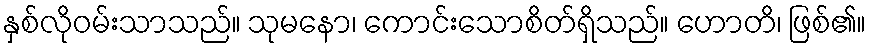
နှစ်လိုဝမ်းသာသည်။ သုမနော၊ ကောင်းသောစိတ်ရှိသည်။ ဟောတိ၊ ဖြစ်၏။